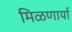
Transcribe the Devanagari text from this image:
मिळणार्या